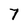
Character: 7